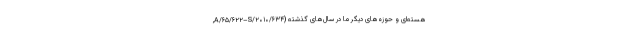
هسته‌ای و حوزه‌های دیگر ما در سال‌های گذشته (A/۶۵/۶۲۲–S/۲۰۱۰/۶۳۴,